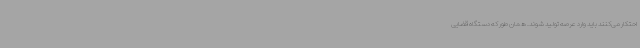
احتکار می‌کنند باید وارد عرصه تولید شوند. همان طور که دستگاه قضایی